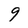
Character: 9